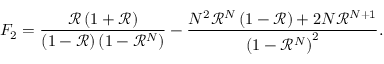
F _ { 2 } = \frac { \mathcal { R } \left( 1 + \mathcal { R } \right) } { \left( 1 - \mathcal { R } \right) \left( 1 - \mathcal { R } ^ { N } \right) } - \frac { N ^ { 2 } \mathcal { \mathcal { R } } ^ { N } \left( 1 - \mathcal { \mathcal { R } } \right) + 2 N \mathcal { R } ^ { N + 1 } } { \left( 1 - \mathcal { R } ^ { N } \right) ^ { 2 } } .